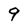
Character: 9